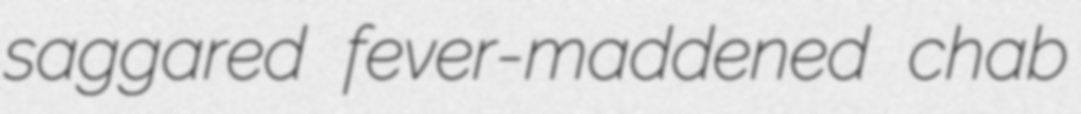
saggared fever-maddened chab